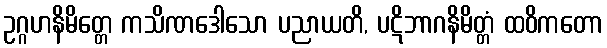
ဥဂ္ဂဟနိမိတ္တေ ကသိဏဒေါသော ပညာယတိ, ပဋိဘာဂနိမိတ္တံ ထဝိကတော